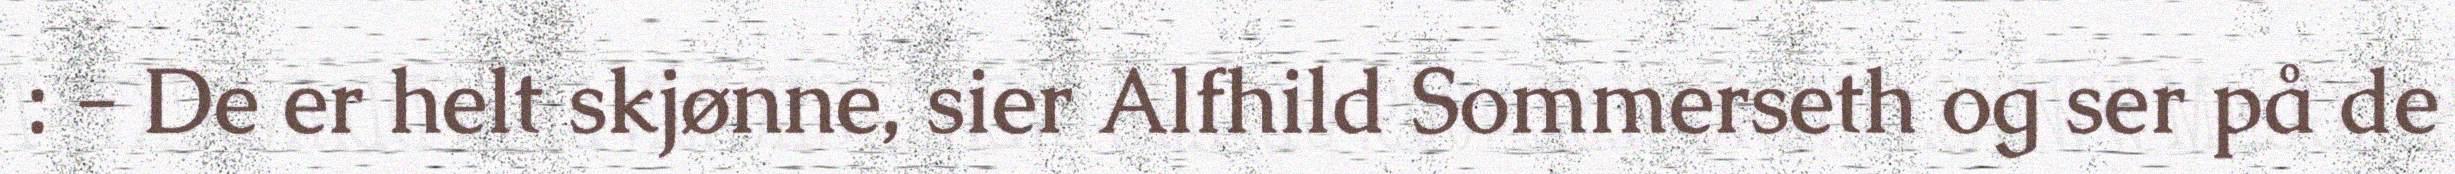
: - De er helt skjønne, sier Alfhild Sommerseth og ser på de